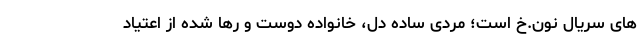
های سریال نون.خ است؛ مردی ساده دل، خانواده دوست و رها شده از اعتیاد